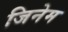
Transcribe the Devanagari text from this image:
जिनेम